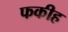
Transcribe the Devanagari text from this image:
फकीह